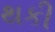
થકી